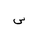
Letter: _sin